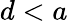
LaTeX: d<a